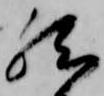
然